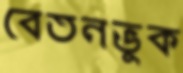
বেতনভুক